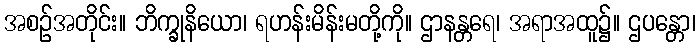
အစဉ်အတိုင်း။ ဘိက္ခုနိယော၊ ရဟန်းမိန်းမတို့ကို။ ဌာနန္တရေ၊ အရာအထူ၌။ ဌပန္တော၊